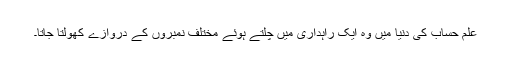
علمِ حساب کی دنیا میں وہ ایک راہداری میں چلتے ہوئے مختلف نمبروں کے دروازے کھولتا جاتا۔